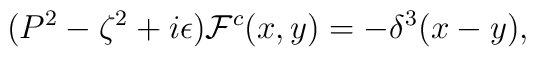
(P^2-\zeta^2+i\epsilon){\cal F}^c(x,y)=-\delta^3(x-y),